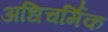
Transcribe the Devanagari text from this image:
अधिचर्मिक